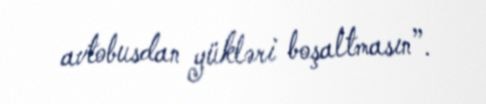
avtobusdan yükləri boşaltmasın”.